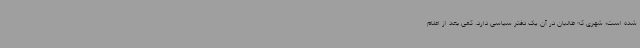
شده است؛ شهری که طالبان در آن یک دفتر سیاسی دارد. کمی بعد از اعلام